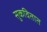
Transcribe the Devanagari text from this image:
सुकवितात